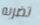
تضربه